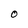
Character: O